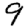
Digit: 9